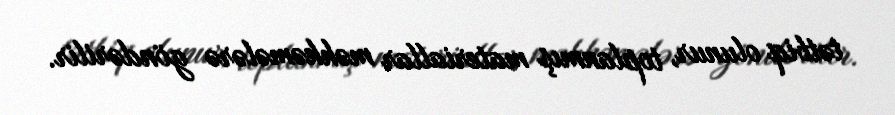
tətbiq olunur, toplanmış materiallar məhkəmələrə göndərilir.